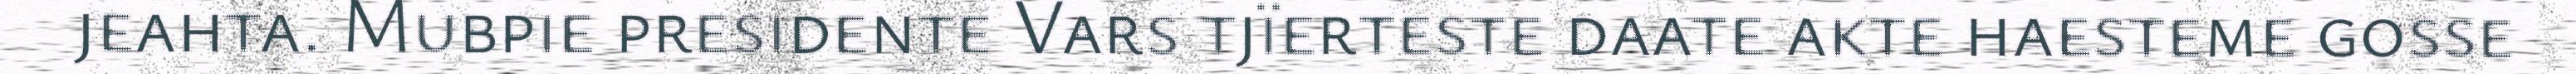
jeahta. Mubpie presidente Vars tjïerteste daate akte haesteme gosse